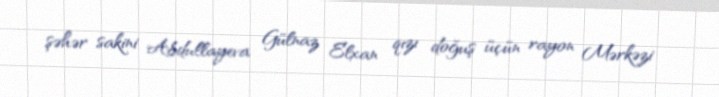
şəhər sakini Abdullayeva Gülnaz Elxan qızı doğuş üçün rayon Mərkəzi